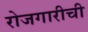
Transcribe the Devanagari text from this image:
रोजगारीची